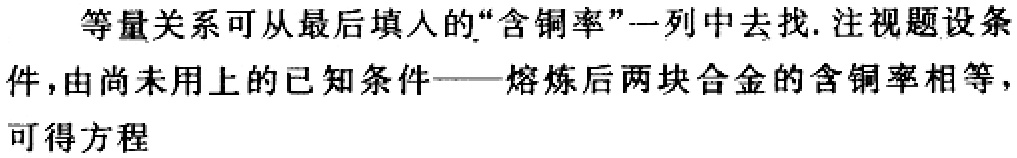
等量关系可从最后填入的“含铜率”一列中去找. 注视题设条件，由尚未用上的已知条件——熔炼后两块合金的含铜率相等，可得方程